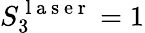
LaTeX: S_{3}^{\mathrm{~l~a~s~e~r~}}=1